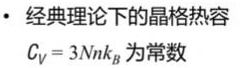
- 经典理论下的晶格热容
$C_V = 3Nk_B$ 为常数